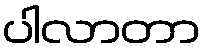
ပါလာတာ